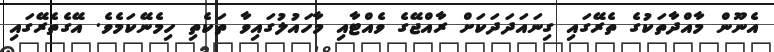
އެނޫން މާއްދާތަކުގެ ތެރޭގައި ގިނައަދަދަކަށް ރާއްޖޭގެ ވެއްޓާއި މާހައުލުގައިވާ ތަކެތި ހިމެނޭކަމެވެ. އޭގެތެރޭގައި